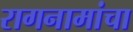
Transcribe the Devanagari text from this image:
रागनामांचा